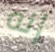
إنه